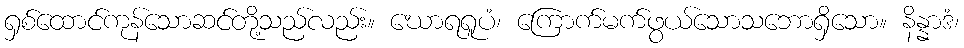
ရှစ်ထောင်ကုန်သောဆင်တို့သည်လည်း။ ဃောရရူပံ၊ ကြောက်မက်ဖွယ်သောသဘောရှိသော။ နိန္နာဒံ၊